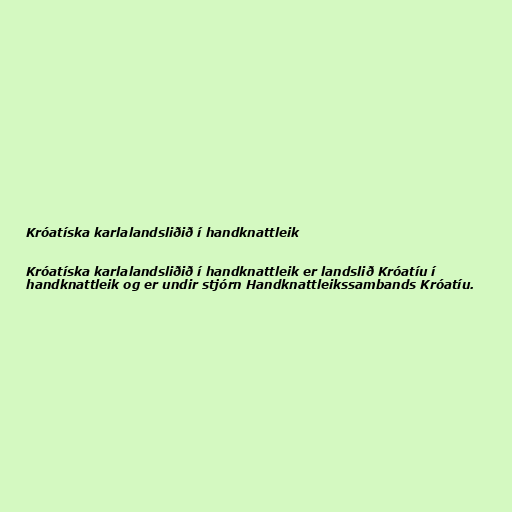
Króatíska karlalandsliðið í handknattleik

Króatíska karlalandsliðið í handknattleik er landslið Króatíu í
handknattleik og er undir stjórn Handknattleikssambands Króatíu.